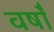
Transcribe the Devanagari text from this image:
वर्षाँ